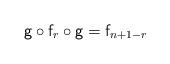
LaTeX: \begin{align*}\textsf{g}\circ\textsf{f}_r \circ \textsf{g}=\textsf{f}_{n+1-r}\end{align*}